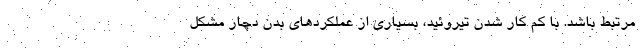
مرتبط باشد. با کم کار شدن تیروئید، بسیاری از عملکرد‌های بدن دچار مشکل